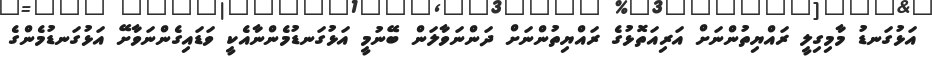
އަޅުގަނޑު މާމިގިލީ ރައްޔިތުންނަށް އަރިއަތޮޅުގެ ރައްޔިތުންނަށް ދަންނަވާލަން ބޭނުމީ އަޅުގަނޑުމެންނާއެކީ ވަޑައިގެންނަވާށޭ އަޅުގަނޑުމެންގެ